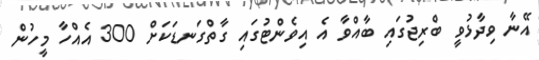
އޭނާ ވިދާޅުވީ ބްރިޖުގައި ބާއްވާ އެ އިވެންޓުގައި ގާތްގަނޑަކަށް 300 އެއްހާ މީހުން